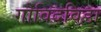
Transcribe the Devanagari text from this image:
गोविदविडा